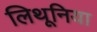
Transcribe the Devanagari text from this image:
लिथूनिया